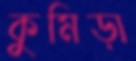
কুমিড়া